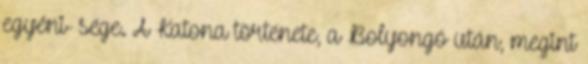
egyéni- sége. A Katona története, a Bolyongó után, megint